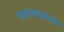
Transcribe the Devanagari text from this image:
खांद्यावरचा